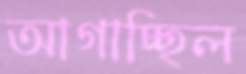
আগাচ্ছিল